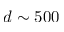
d \sim 5 0 0